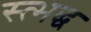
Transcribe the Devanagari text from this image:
स्त्भद्ध